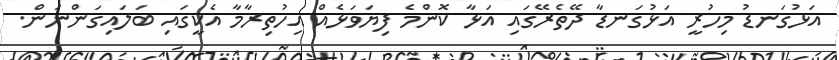
އަޅުގަނޑު މިހުރީ އަޅުގަނޑާ ދޭތެރޭގައި އަޅާ ކޮންމެ ފިޔަވަޅެއް އިހުތިރާމާ އެކީގައި ބަލައިގަންނަން.